Civil Veterinary Department Bengal reports 1923-33 - 1923-1933
Year: 1923
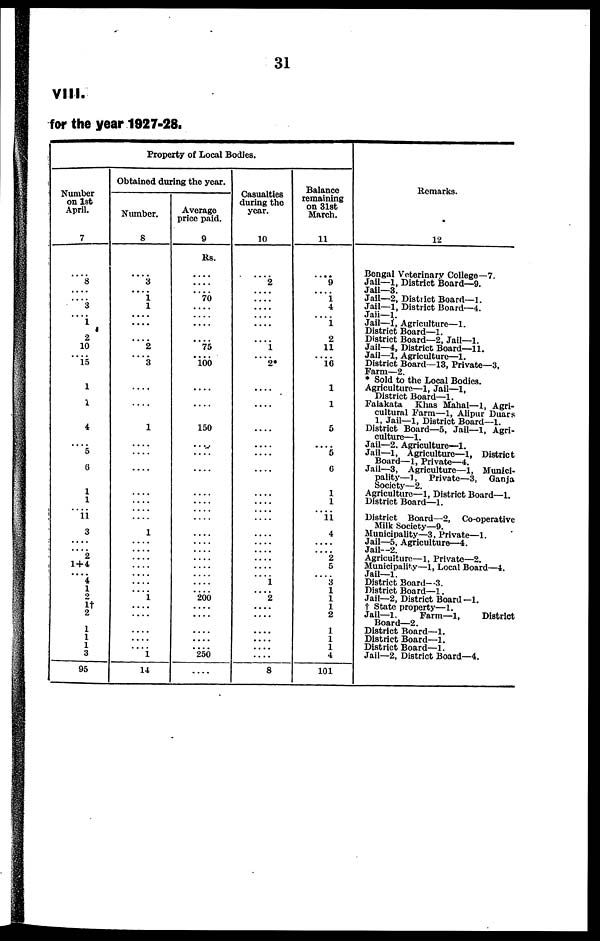
31
VIII.
for the year 1927-28.
Property of Local Bodies.
Number
on 1st
April.
7
....
8
....
.... 3
.... 1
2
10
....
15
1
1
4
....
5
6
1
1
....
11 3
....
....
2
1 + 4
....
4
1
2
1†
2
1
1
1
3
05
Obtained during the year.
Number.
8
....
3
.... 1 1
....
....
....
2
....
3
....
....
1
....
....
....
....
....
....
....
1
....
....
....
....
....
....
....
1
....
....
....
....
.... 1
14
Average
price paid.
9
Rs.
....
....
.... 70
....
....
....
.... 75
.... 100
....
....
150
....
....
....
....
....
....
.... ....
....
....
....
....
....
....
.... 200
....
....
....
....
.... 250
....
Casualties
during the
year.
10
....
2
....
....
....
....
....
.... 1
.... 2
....
....
....
....
....
....
....
....
....
.... ....
....
....
....
....
.... 1
....
2
....
....
....
....
....
8
Balance
remaining
on 31st
March.
11
....
9
.... 1 4
.... 1
2
11
.... 16
1
1
5
.... 5
6
1
1
....
11 4
....
....
2
5
.... 3 1
1
1
2
1
1
1
4
101
Remarks.
12
Bengal Veterinary College—7.
Jail—1, District Board—9.
Jail—3.
Jail—2, District Board—1.
Jail—1, District Board—4.
Jaii—1.
Jail—1, Agriculture—1.
District Board—1.
District Board—2, Jail—1.
Jail—4, District Board—11.
Jail—1, Agriculture—1.
District Board—13, Private—3.
Farm—2.
* Sold to the Local Bodies.
Agriculture—1, Jail—1,
District Board—1.
Falakata Khas Mahal— 1, Agri-
cultural Farm—1, Alipur Duars
1, Jail—1, District Board—1.
District Board—5. Jail—1, Agri-
culture—1.
Jail—2. Agriculture—1.
Jail—1, Agriculture—1, District
Board—1, Private—4.
Jail—3, Agriculture—1, Munici-
pality—1, Private—3, Ganja
Society—2.
Agriculture—1, District Board—1.
District Board—1.
District Board—2, Co-operative
Milk Society—9.
Municipality—3. Private—1.
Jail—5, Agriculture—4.
Jail--2.
Agriculture—1, Private—2.
Municipality—1. Local Board—1.
Jail—1.
District Board- 3.
District Board—1.
Jail—2, District Board—1.
† State property—1.
Jail—1.
Farm—1,
District
Board—2.
District Board—1.
District Board—1.
District Board—1.
Jail—2, District Board—4.